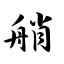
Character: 艄